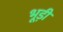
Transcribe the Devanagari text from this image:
भूड़ी